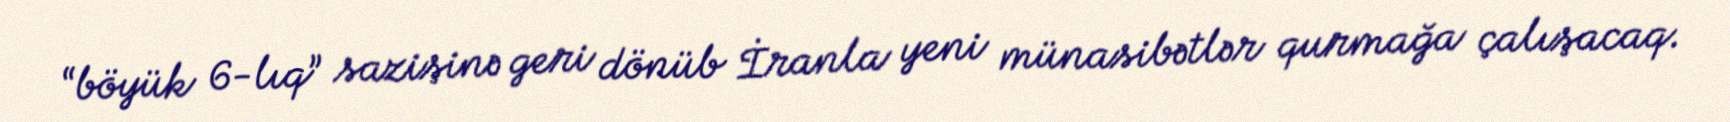
“böyük 6-lıq” sazişinə geri dönüb İranla yeni münasibətlər qurmağa çalışacaq.